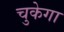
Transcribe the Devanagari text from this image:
चुकेगा